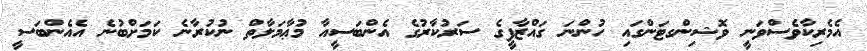
އެމެރިކާވެސްވަނީ ވޮޝިންގޓަންގައި ހުންނަ ގައްޒާފީގެ ސަރުކާރުގެ އެންބަސީއާ މުޢާމަލާތް ނުކުރާނެ ކަމަށްބުނެ އެއެންބަސީ